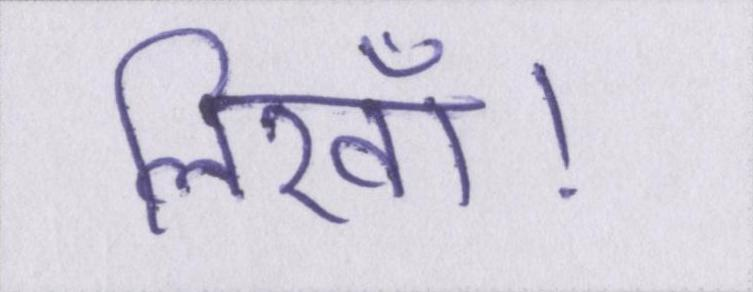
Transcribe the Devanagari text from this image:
लिखॉ।